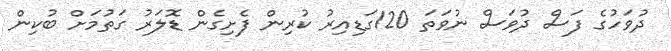
ދުވަހުގެ ފަސް ދުވަސް ނުވަތަ 120ގަޑިއިރު ކުރިން ފެށިގެން ޑޮލަރު ގަތުމަށް ބުކިން